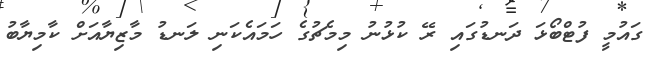
ގައުމީ ފުޓްބޯޅަ ދަނޑުގައި ރޭ ކުޅުނު މިމެޗުގެ ހަމައެކަނި ލަނޑު މާޒިޔާއަށް ކާމިޔާބު